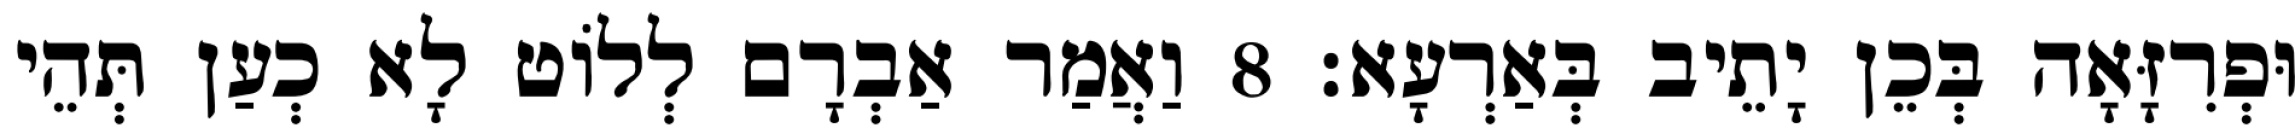
וּפְרִזָּאָה בְּכֵן יָתֵיב בְּאַרְעָא׃ 8 וַאֲמַר אַבְרָם לְלוֹט לָא כְעַן תְּהֵי